Scottish assistants in French schools and colleges, 1934
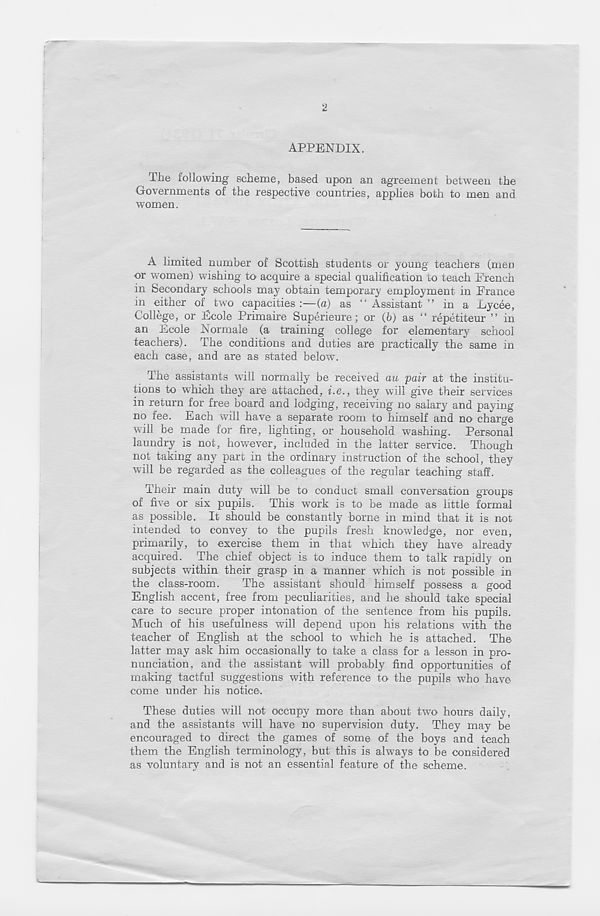
2
APPENDIX.
The following scheme, based upon an agreement between the
Governments of the respective countries, applies both to men and
women.
A limited number of Scottish students or young teachers (men
or women) wishing to acquire a special qualification to teach French
in Secondary schools may obtain temporary employment in France
in either of two capacities :—(a) as “ Assistant ” in a Dycee,
College, or Ecole Primaire Superieure; or (b) as “ repetiteur ” in
an Ecole Normale (a training college for elementary school
teachers). The conditions and duties are practically the same in
each case, and are as stated below.
The assistants will normally be received au pair at the institu-
tions to which they are attached, i.e., they will give their services
in return for free board and lodging, receiving no salary and paying
no fee. Each will have a separate room to himself and no charge
will be made for fire, lighting, or household washing. Personal
laundry is not, however, included in the latter service. Though
not taking any part in the ordinary instruction of the school, they
will be regarded as the colleagues of the regular teaching staff.
Their main duty will be to conduct small conversation groups
of five or six pupils. This work is to be made as little formal
as possible. It should be constantly borne in mmd that it is not
intended to convey to the pupils fresh knowledge, nor even,
primarily, to exercise them in that which they have already
acquired. The chief object is to induce them to talk rapidly on
subjects within their grasp in a manner winch is not possible in
the class-room.
The assistant should himself possess a good
English accent, free from peculiarities, and he should take special
care to secure proper intonation of the sentence from his pupils.
Much of his usefulness will depend upon his relations with the
teacher of English at the school to which he is attached. The
latter may ask him occasionally to take a class for a lesson in pro-
nunciation, and the assistant will probably find opportunities of
making tactful suggestions with reference to the pupils who have-
come under his notice.
These duties will not occupy more than about two hours daily,
and the assistants will have no supervision duty. They may be
encouraged to direct the games of some of the boys and teach
them the English terminology, but this is always to be considered
as voluntary and is not an essential feature of the scheme.